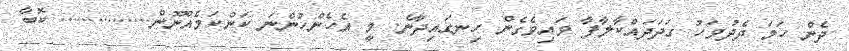
ދެން ހަމަ ދެދުވަހު ގަދަދައްކާލާފާ ވައިވެގެން ހިނގައިދާނެ. މީ އެހެންހުންނަ ކަންކަމެއްނޫން............... ކޮބާ